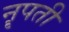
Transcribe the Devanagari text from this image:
नॄपती